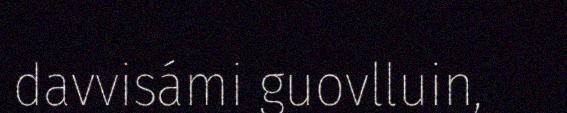
davvisámi guovlluin,